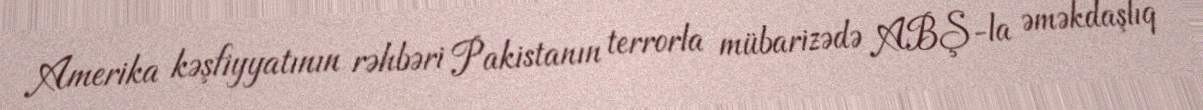
Amerika kəşfiyyatının rəhbəri Pakistanın terrorla mübarizədə ABŞ-la əməkdaşlıq